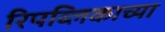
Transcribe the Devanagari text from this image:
रिपब्लिकाच्या